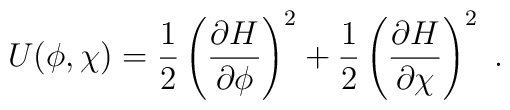
U(\phi,\chi) =\frac{1}{2}\left(\frac{\partial H}{\partial\phi}\right)^2+ \frac{1}{2}\left(\frac{\partial H}{\partial\chi}\right)^2~.